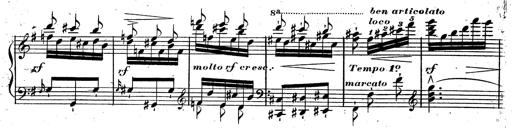
Title: Rondeau fantastique sur un thÃ¨me espagnol
Composer: Franz Liszt